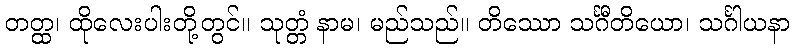
တတ္ထ၊ ထိုလေးပါးတို့တွင်။ သုတ္တံ နာမ၊ မည်သည်။ တိဿော သင်္ဂီတိယော၊ သင်္ဂါယနာ